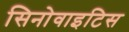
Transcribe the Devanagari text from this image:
सिनोवाइटिस